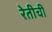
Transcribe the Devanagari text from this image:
रेतीची